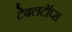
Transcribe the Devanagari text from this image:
टेबलटॉप्स